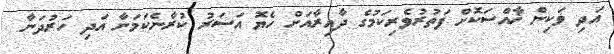
އަދި ވަކިން ޚާއްސަކޮށް ފަތުރުވެރިކަމުގެ ދާއިރާއަށް ހެޔޮ އަސަރު ކުރާނެކަމަށާ އަދި ހަރުދަނާ